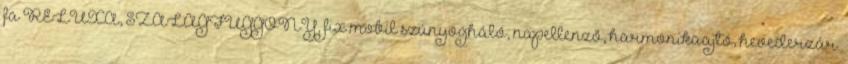
fa RELUXA, SZALAGFÜGGÖNY, fix mobil szúnyogháló, napellenzõ, harmonikaajtó, hevederzár.